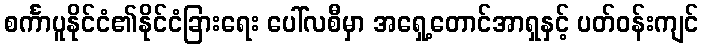
စင်္ကာပူနိုင်ငံ၏နိုင်ငံခြားရေး ပေါ်လစီမှာ အရှေ့တောင်အာရှနှင့် ပတ်ဝန်းကျင်